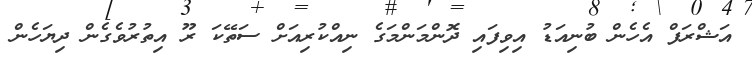
އަޝްރަފް އެހެން ބުނިއަޑު އިވިފައި ދޮންމަންމަގެ ނިއްކުރިއަށް ސަތޭކަ ރޫ އިތުރުވެގެން ދިޔަހެން